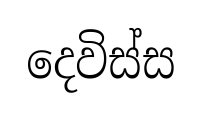
දෙවිස්ස